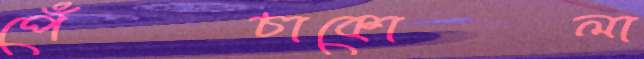
পেঁচাকোলা